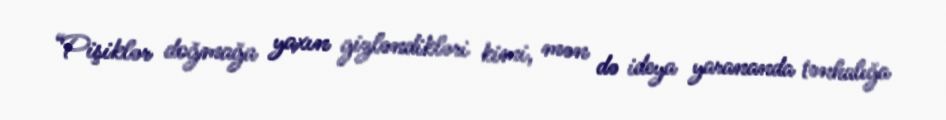
“Pişiklər doğmağa yaxın gizləndikləri kimi, mən də ideya yarananda tənhalığa